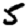
Digit: 5